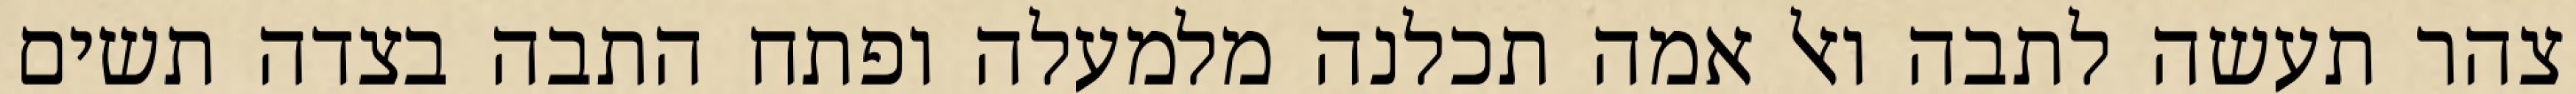
צהר תעשה לתבה ואל אמה תכלנה מלמעלה ופתח התבה בצדה תשים